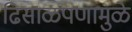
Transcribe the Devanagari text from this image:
ढिसाळपणामुळे